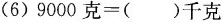
(6) $$9000克=( )千克$$